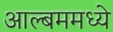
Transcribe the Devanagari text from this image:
आल्बममध्ये